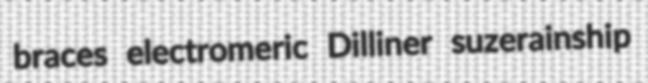
braces electromeric Dilliner suzerainship